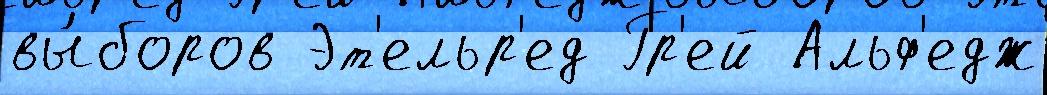
вы́боров Эт'ельр'ед Гр'ей Альф'едж